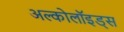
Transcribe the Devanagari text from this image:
अल्कोलॉइड्स